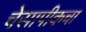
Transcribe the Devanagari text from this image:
चेसापीकचा